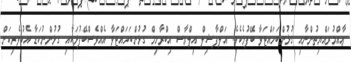
ޢާއްމުރައްޔިތުންނާއި ގުޅުންބަހައްޓަވާ ބޭފުޅެކެވެ. އަލްފާޟިލް އިލްޔާސް އިބްރާހިމް ގުޅުންބަހައްޓަވާ އެއްވެސްބޭފުޅަކާއި ގުޅުންނުކަޑާ އެކުވެރިކަން